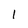
Character: I